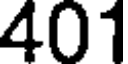
401